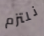
نلتزم